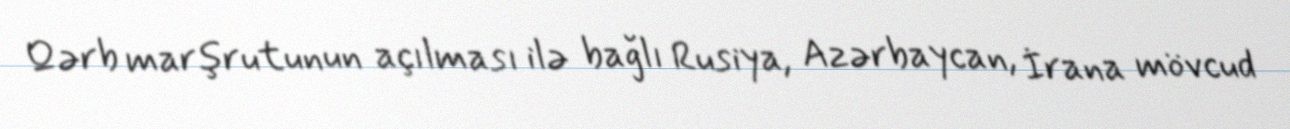
Qərb marşrutunun açılması ilə bağlı Rusiya, Azərbaycan, İrana mövcud